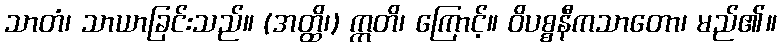
သာတံ၊ သာယာခြင်းသည်။ (အတ္ထိ၊) ဣတိ၊ ကြောင့်။ ဝိပစ္စနီကသာတော၊ မည်၏။